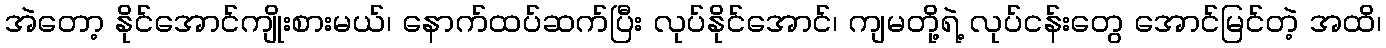
အဲတော့ နိုင်အောင်ကျိုးစားမယ်၊ နောက်ထပ်ဆက်ပြီး လုပ်နိုင်အောင်၊ ကျမတို့ရဲ့ လုပ်ငန်းတွေ အောင်မြင်တဲ့ အထိ၊